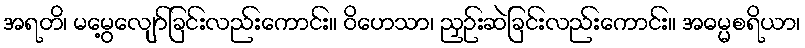
အရတိ၊ မမွေ့လျော်ခြင်းလည်းကောင်း။ ဝိဟေသာ၊ ညှဉ်းဆဲခြင်းလည်းကောင်း။ အဓမ္မစရိယာ၊